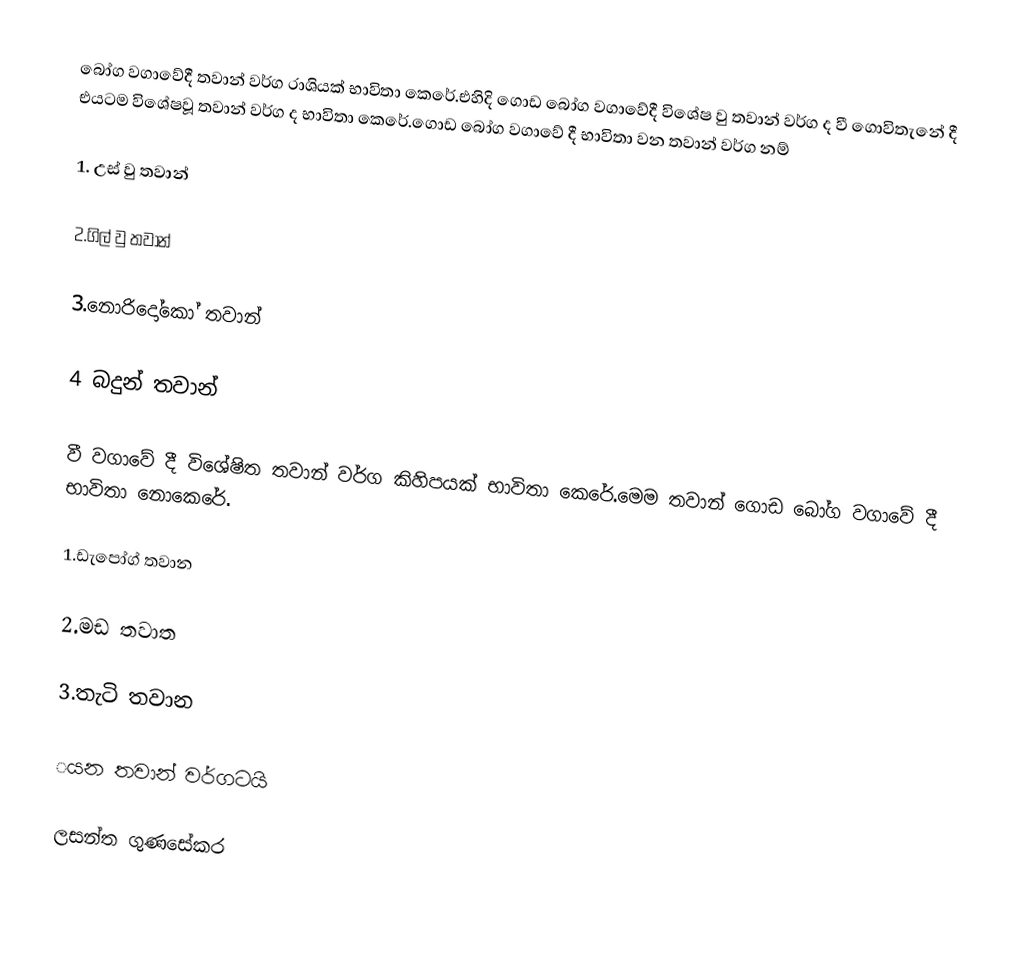
බෝග වගාවේදී තවාන් වර්ග රාශියක් භාවිතා කෙරේ.එහිදි ගොඩ බෝග වගාවේදී  විශේෂ වු තවාන් වර්ග ද වී ගොවිතැනේ දී  එයටම විශේෂවූ තවාන් වර්ග ද භාවිතා කෙරේ.ගොඩ බෝග වගාවේ දී භාවිතා වන තවාන් වර්ග නම්

1. උස් වු තවාන්

2.ගිල් වු තවාන්

3.නොරිදෝ‌කෝ තවාන්

4 බදුන් තවාන්

වී වගාවේ දී විශේෂිත තවාන් වර්ග කිහිපයක් භාවිතා කෙරේ.මෙම තවාන් ගොඩ බෝග වගාවේ දී භාවිතා නො‌කෙරේ.

1.ඩැපෝග් තවාන

2.මඩ තවාත

3.තැටි තවාන

‌යන තවාන් වර්ගටයි

ලසන්ත ගුණසේකර